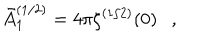
\bar { A } _ { 1 } ^ { ( 1 / 2 ) } = 4 \pi \zeta ^ { ( 1 / 2 ) } ( 0 ) ,